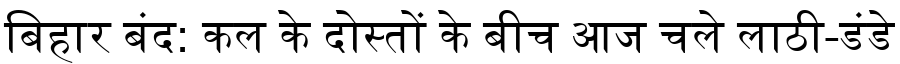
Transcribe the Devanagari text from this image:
बिहार बंद: कल के दोस्तों के बीच आज चले लाठी-डंडे